Papers set at the Examination for Leaving Certificates, 1894
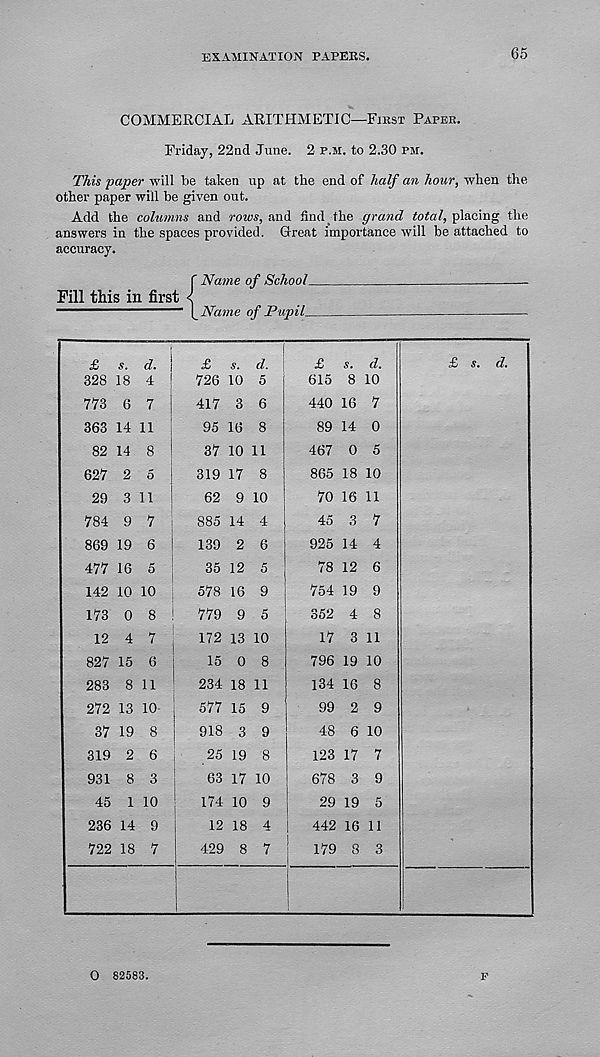
EXAMINATION PAPERS,
65
COMMERCIAL ARITHMETIC—First Paper.
Friday, 22nd June. 2 p.m. to 2.30 pm.
This paper will be taken up at the end of half an hour, when the
other paper will be given out.
Add the columns and rows, and And the grand total, placing the
answers in the spaces provided. Great importance will be attached to
accuracy.
Fill this in first
f Name of School.
[_Name of Pupils
O 82583.
F